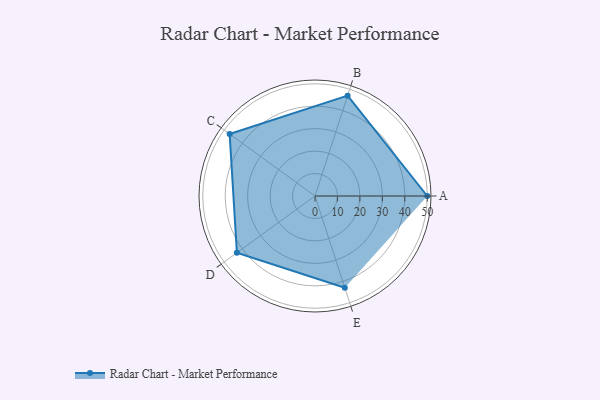
{"axis": {"x": "Skill", "y": "Score"}, "legend": ["Profile"], "data": [{"x": "A", "y": 50.0, "type": "Profile"}, {"x": "B", "y": 47.0, "type": "Profile"}, {"x": "C", "y": 47.0, "type": "Profile"}, {"x": "D", "y": 43.0, "type": "Profile"}, {"x": "E", "y": 43.0, "type": "Profile"}]}